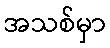
အသစ်မှာ